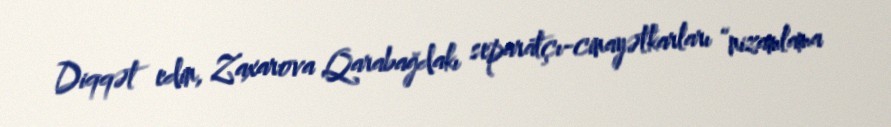
Diqqət edin, Zaxarova Qarabağdakı separatçı-cinayətkarları “nizamlama